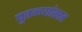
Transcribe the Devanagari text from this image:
पुतळ्यांसह